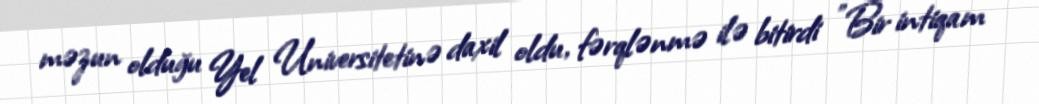
məzun olduğu Yel Universitetinə daxil oldu, fərqlənmə ilə bitirdi "Bir intiqam